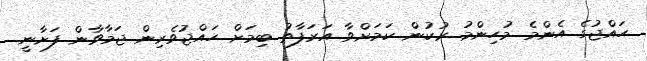
ހައްޖުގެ އެންމެ މުހިންމު ރުކުން ކަމަށްވާ އަރަފާތު ބިމަށް ހައްޖުވެރިން ޖަމާވާން ފަށާނީ